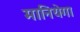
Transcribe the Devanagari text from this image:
मानियेगा